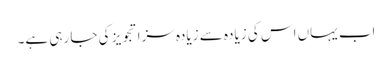
اب یہاں اس کی زیادہ سے زیادہ سزا تجویز کی جا رہی ہے۔